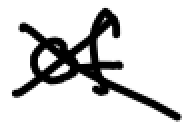
Text: of
Cross-out: cross
Writing tool: digital_black